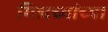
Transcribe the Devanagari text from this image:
गिलच्यांच्या